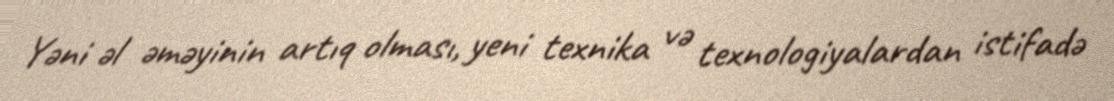
Yəni əl əməyinin artıq olması, yeni texnika və texnologiyalardan istifadə